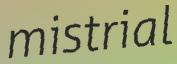
mistrial